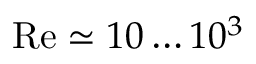
\mathrm { R e } \simeq 1 0 \dots 1 0 ^ { 3 }